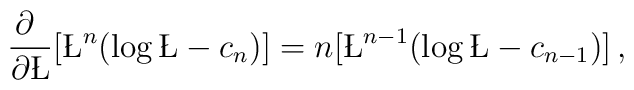
\frac{\partial~}{\partial\L} \big[ \L^n(\log\L -c_n)\big] =n \big[ \L^{n-1} (\log\L - c_{n-1})\big]\,,